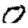
Digit: 0